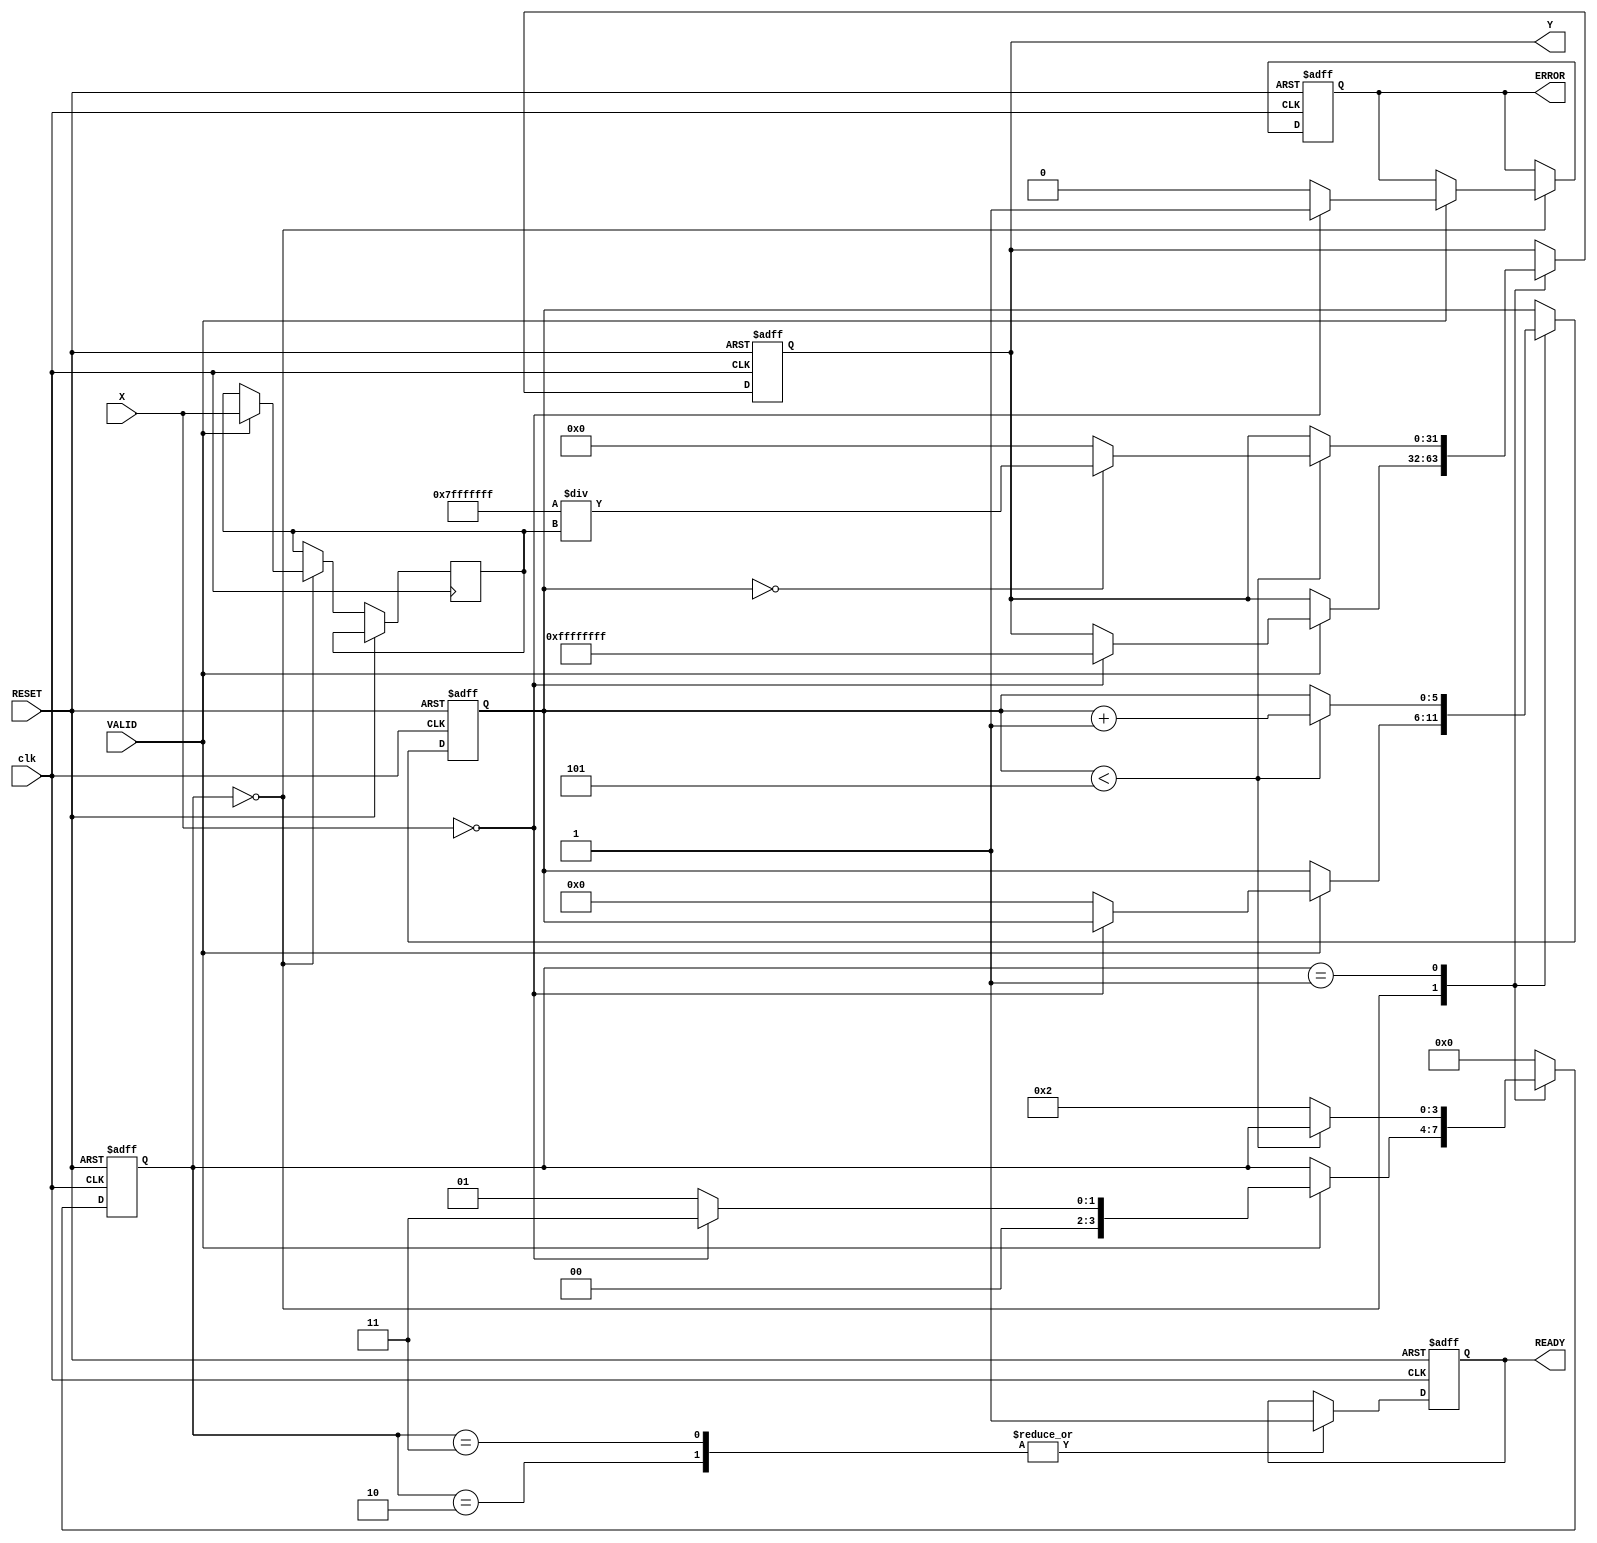
module ReciprocalUnit #(
    parameter WIDTH = 32,         // Width of the input and output
    parameter ERROR_VALUE = 32'hFFFFFFFF // Predefined error value (e.g., NaN or infinity)
)(
    input wire [WIDTH-1:0] X,     // Input Data
    input wire VALID,              // Valid Signal
    input wire RESET,              // Reset Signal
    input wire clk,                // Clock Signal
    output reg [WIDTH-1:0] Y,      // Reciprocal Output
    output reg READY,              // Ready Signal
    output reg ERROR               // Error Signal
);

    reg [WIDTH-1:0] input_data;
    reg [3:0] state;               // State for FSM
    reg [5:0] iteration;           // Iteration counter for Newton-Raphson

    localparam IDLE = 4'b0000,
               PROCESS = 4'b0001,
               OUTPUT = 4'b0010,
               ERROR_STATE = 4'b0011;

    // Asynchronous reset logic
    always @(posedge clk or posedge RESET) begin
        if (RESET) begin
            Y <= 0;
            READY <= 0;
            ERROR <= 0;
            state <= IDLE;
            iteration <= 0;
        end else begin
            case (state)
                IDLE: begin
                    if (VALID) begin
                        input_data <= X;
                        if (X == 0) begin
                            ERROR <= 1; // Division by zero
                            Y <= ERROR_VALUE;
                            state <= ERROR_STATE;
                        end else begin
                            ERROR <= 0;
                            state <= PROCESS;
                            iteration <= 0; // Reset iteration count
                        end
                    end
                end

                PROCESS: begin
                    // Newton-Raphson iteration
                    if (iteration < 5) begin
                        // Initial guess: 1 / X
                        if (iteration == 0) begin
                            Y <= {1'b0, {WIDTH-1{1'b1}}} / input_data; // Initial approximation
                        end else begin
                            Y <= Y * (2**WIDTH - input_data * Y) >> WIDTH; // Newton-Raphson update
                        end
                        iteration <= iteration + 1;
                    end else begin
                        state <= OUTPUT;
                    end
                end

                OUTPUT: begin
                    READY <= 1; // Indicate output is ready
                    state <= IDLE; // Go back to IDLE
                end

                ERROR_STATE: begin
                    READY <= 1; // Indicate output is ready even in error state
                    state <= IDLE; // Go back to IDLE
                end

                default: state <= IDLE; // Default state
            endcase
        end
    end

endmodule